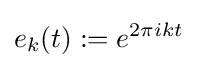
e_{k}(t):=e^{2\pi ikt}